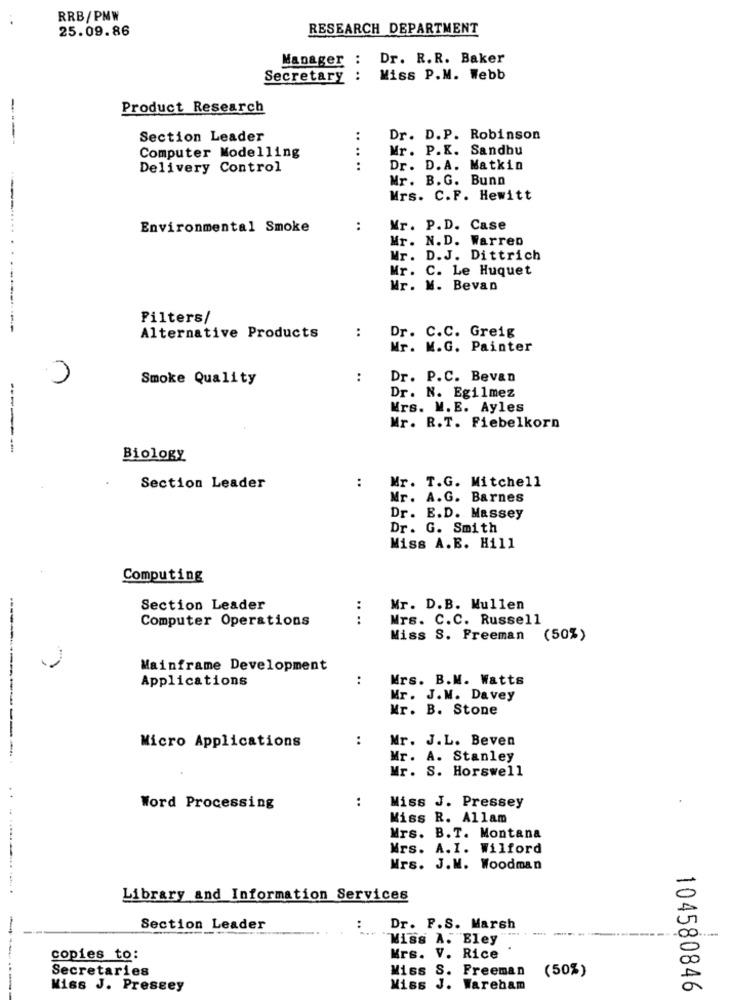
RRB/PNW
25.09.86
RESEARCH DEPARTMENT
Manager :
Dr. R.R. Baker
Secretary
....
Miss P.M. Webb
Product Research
----
Section Leader
:
Dr. D.P. Robinson
Computer Modelling
:
Mr. P.K. Sandbu
Delivery Control
:
Dr. D. A. Matkin
Mr. B.G. Bunn
Mrs. C.F. Hewitt
Environmental Smoke
:
Mr. P.D. Case
Mr. N. D. Warren
Mr. D.J. Dittrich
Mr. C. Le Huquet
Mr. M. Bevan
Filters/
:
Dr. C.C. Greig
Alternative Products
Mr. M.G. Painter
Smoke Quality
:
Dr. P.C. Bevan
Dr. N. Egilmez
Mrs. M. E. Ayles
Mr. R.T. Fiebelkorn
------
Biology
Mr. T.G. Mitchell
Section Leader
:
Mr. A.G. Barnes
Dr. E.D. Massey
Dr. G. Smith
Miss A.B. Hill
Computing
Section Leader
Mr. D.B. Mullen
Computer Operations
....
Mrs. C.C. Russell
Miss S. Freeman (50%)
Mainframe Development
Applications
..
Mrs. B.M. Watts
Mr. J.M. Davey
Mr. B. Stone
Micro Applications
:
Mr. J.L. Beven
Mr. A. Stanley
Mr. S. Horswell
:
Word Processing
Miss J. Pressey
Miss R. Allam
Mrs. B.T. Montana
Mrs. A.I. Wilford
Mrs. J.M. Woodman
0
Library and Information Services
Section Leader
Dr. F.S. Marsh
----
Miss A. Bley
00
copies to:
Mrs. V. Rice
Secretaries
Miss S. Freeman
(50%)
----
Miss J. Pressey
Miss
J. Wareham
104580846